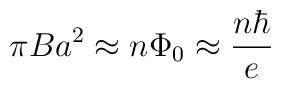
\pi B a^{2} \approx n\Phi _{0} \approx \frac{n\hbar}{e}